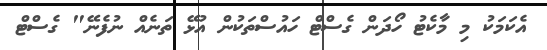
އެކަމަކު މި މާކެޓު ހޯދަން ގެސްޓް ހައުސްތަކުން އުޅޭ ތަނެއް ނުފެނޭ" ގެސްޓް